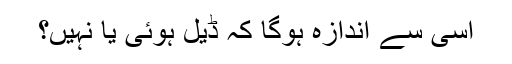
اسی سے اندازہ ہوگا کہ ڈیل ہوئی یا نہیں؟